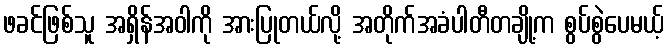
ဖခင်ဖြစ်သူ အရှိန်အဝါကို အားပြုတယ်လို့ အတိုက်အခံပါတီတချို့က စွပ်စွဲပေမယ့်